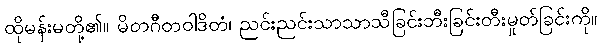
ထိုမန်းမတို့၏။ မိတဂီတဝါဒိတံ၊ ညင်းညင်းသာသာသီခြင်းဘီးခြင်းတီးမှုတ်ခြင်းကို။